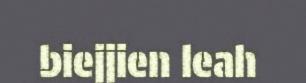
biejjien leah